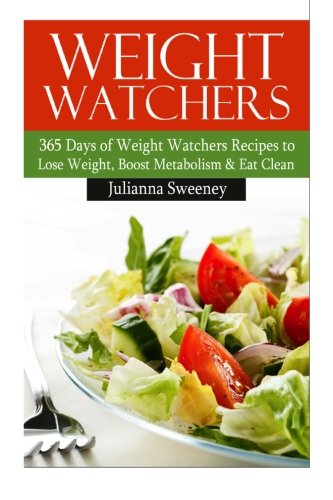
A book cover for Weight Watchers:  365 Days of Weight Watchers Recipes  to Lose Weight, Boost Metabolism & Eat Clean (Weight Watchers Cookbook, Weight Loss Recipes, Fat Loss Recipes); Julianna Sweeney; Health, Fitness & Dieting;